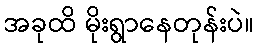
အခုထိ မိုးရွာနေတုန်းပဲ။